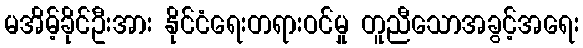
မအိမ့်ခိုင်ဦးအား နိုင်ငံရေးတရားဝင်မှု တူညီသောအခွင့်အရေး